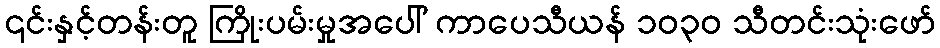
၎င်းနှင့်တန်းတူ ကြိုးပမ်းမှုအပေါ် ကာပေသီယန် ၁၀၃၀ သီတင်းသုံးဖော်